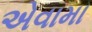
એવામા